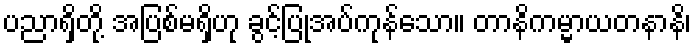
ပညာရှိတို့ အပြစ်မရှိဟု ခွင့်ပြုအပ်ကုန်သော။ တာနိကမ္မာယတနာနိ၊